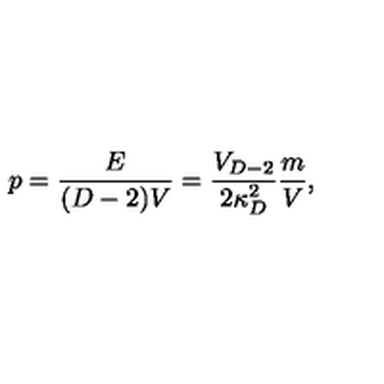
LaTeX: p = { \frac { E } { ( D - 2 ) V } } = { \frac { V _ { D - 2 } } { 2 \kappa _ { D } ^ { 2 } } } { \frac { m } { V } } ,